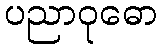
ပညာဝုဓော